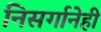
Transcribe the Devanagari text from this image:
निसर्गानेही